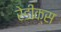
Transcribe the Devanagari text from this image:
रेडीक्स